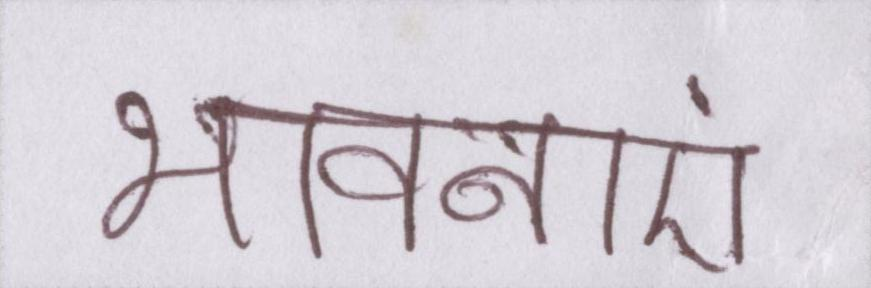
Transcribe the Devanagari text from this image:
भावनाएं